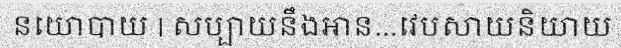
នយោបាយ | សប្បាយនឹងអាន...វេបសាយនិយាយ